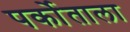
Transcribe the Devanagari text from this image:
पर्कोताला